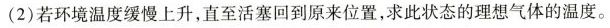
(2)若环境温度缓慢上升，直至活塞回到原来位置，求此状态的理想气体的温度。